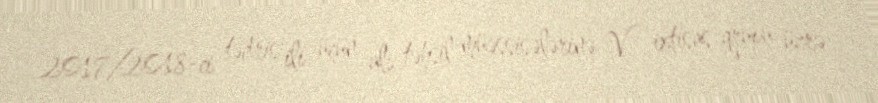
2017/2018-ci tədris ili üçün ali təhsil müəssisələrinə V ixtisas qrupu üzrə